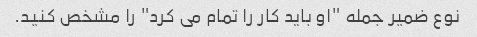
نوع ضمیر جمله "او باید کار را تمام می کرد" را مشخص کنید.